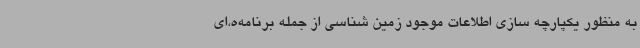
به منظور یکپارچه سازی اطلاعات موجود زمین شناسی از جمله برنامه‌ه،ای